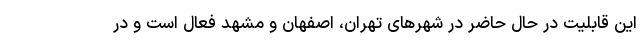
این قابلیت در حال حاضر در شهرهای تهران، اصفهان و مشهد فعال است و در